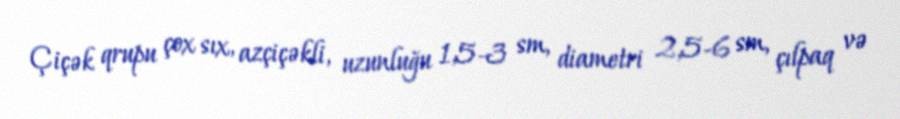
Çiçək qrupu çox sıx, azçiçəkli, uzunluğu 1,5-3 sm, diametri 2,5-6 sm, çılpaq və